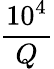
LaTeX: \frac{10^{4}}{Q}